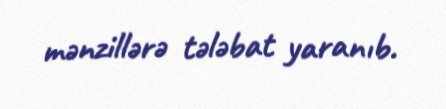
mənzillərə tələbat yaranıb.